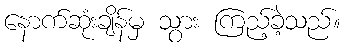
နောက်ဆုံးချိန်မှ သွား ကြည့်ခဲ့သည်။